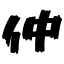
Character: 仲